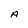
Character: A